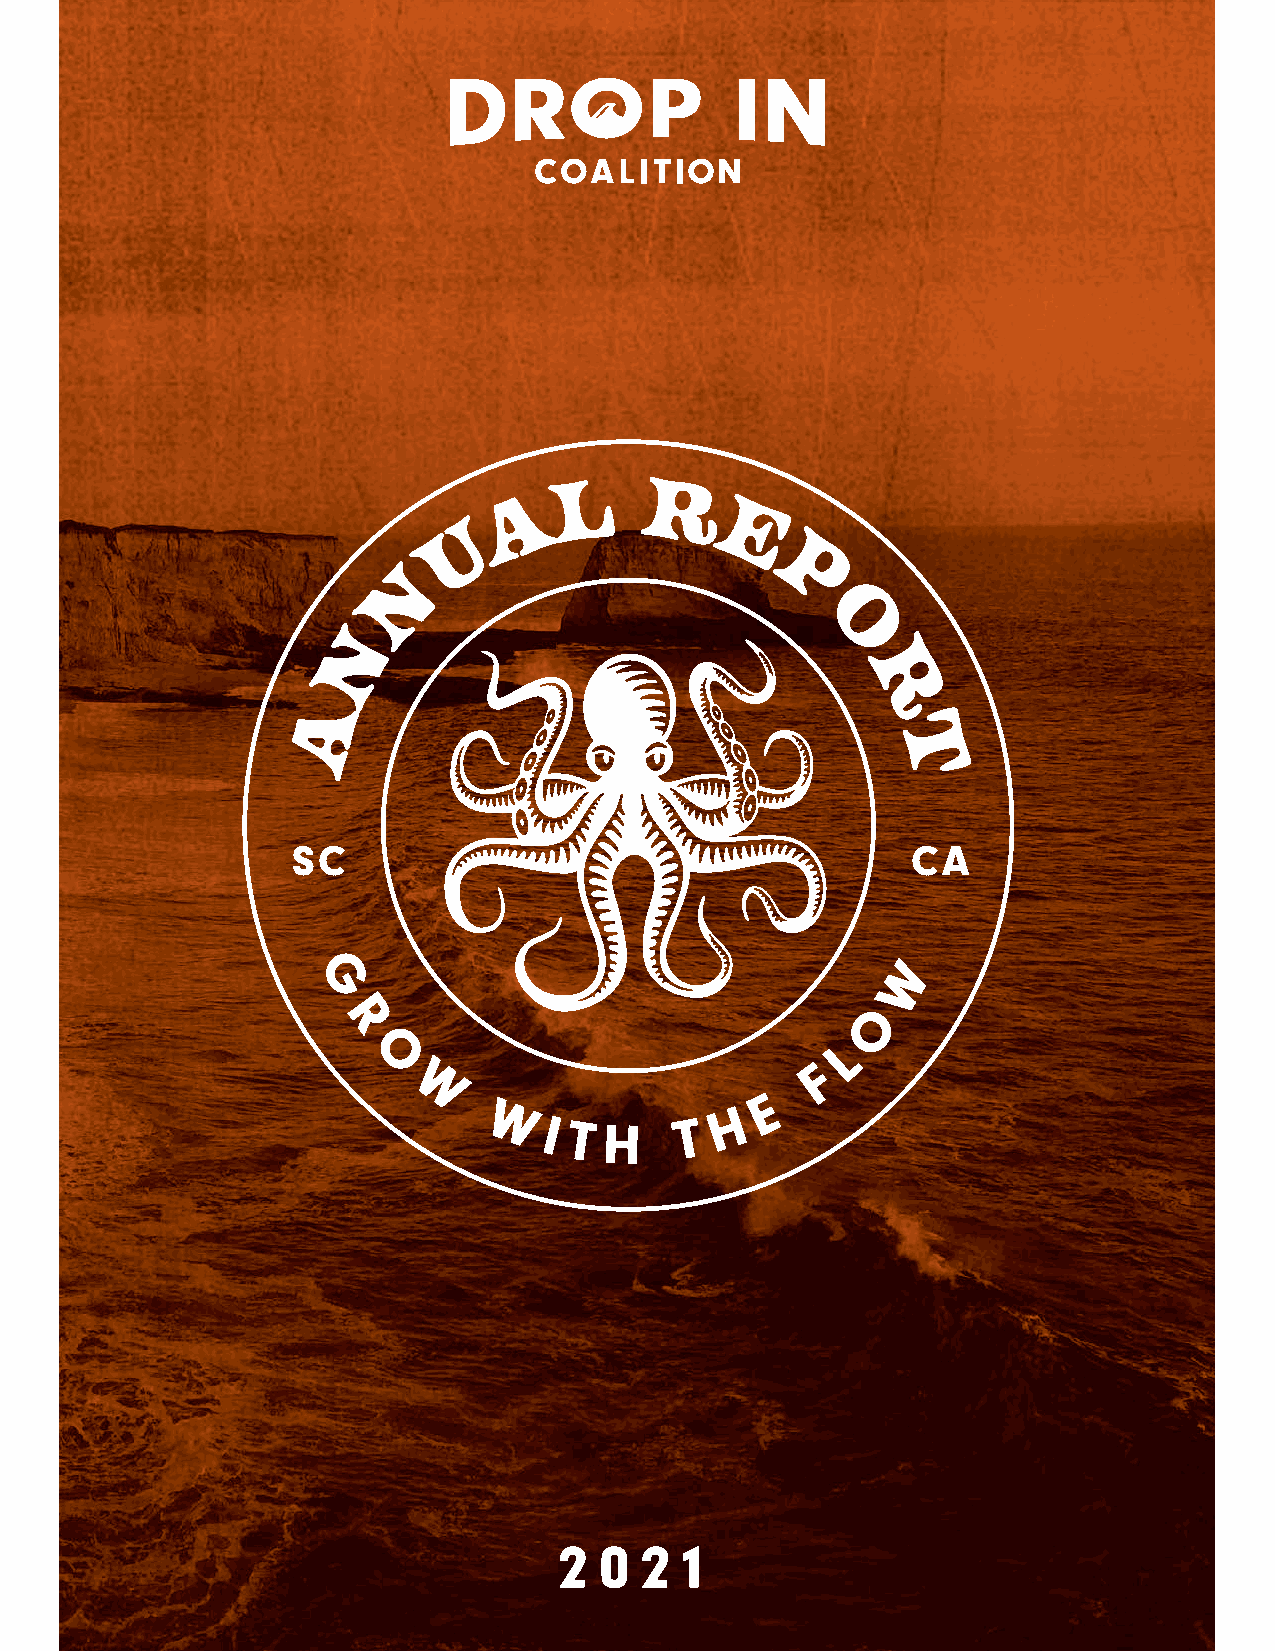
l
 a        r
 u               e
 n                       p
 n                              o
 r
 a
 t
 SC                                       CA
 W
 G
 O
 R
 L
 O
 F
 W
 E
 H
 WITH         T
 2  02   1